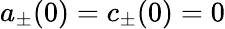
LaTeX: a_{\pm}(0)=c_{\pm}(0)=0